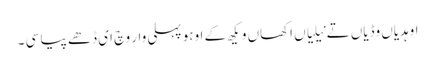
اوہدیاں وڈیاں تے نیلیاں اکھاں و یکھ کے اوہو پہلی وار وچ ای ڈھے پیا سی ۔